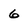
Character: 6